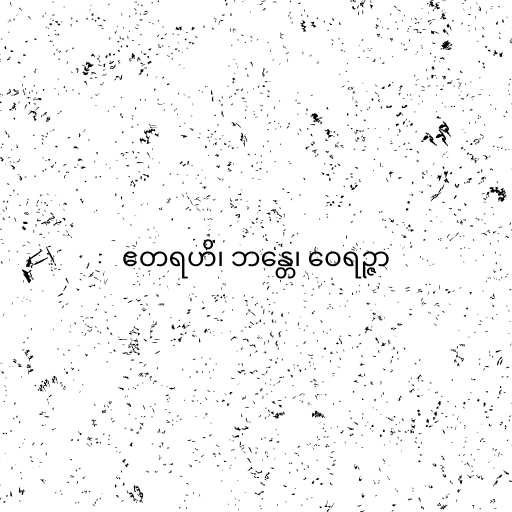
ဧတရဟိ၊ ဘန္တေ၊ ဝေရဉ္ဇာ